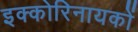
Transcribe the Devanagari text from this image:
इक्कोरिनायकों